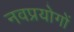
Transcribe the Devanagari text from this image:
नवप्रयोगों